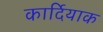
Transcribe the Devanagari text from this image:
कार्दियाक